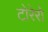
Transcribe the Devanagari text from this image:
टोरेरो